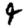
Digit: 4